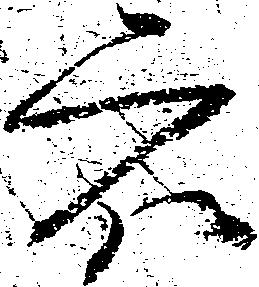
衆